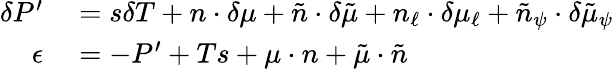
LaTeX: \begin{array}{rl}{\delta P^{\prime}}&{{}=s\delta T+n\cdot\delta\mu+\tilde{n}\cdot\delta\tilde{\mu}+n_{\ell}\cdot\delta\mu_{\ell}+\tilde{n}_{\psi}\cdot\delta\tilde{\mu}_{\psi}}\\ {\epsilon}&{{}=-P^{\prime}+Ts+\mu\cdot n+\tilde{\mu}\cdot\tilde{n}}\end{array}